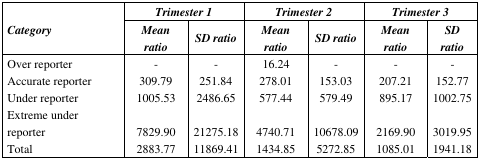
<table><thead><tr><td rowspan="3"><b><i>Category</i></b></td><td colspan="2"><b><i>Trimester 1</i></b></td><td colspan="2"><b><i>Trimester 2</i></b></td><td colspan="2"><b><i>Trimester 3</i></b></td></tr><tr><td><b><i>Mean ratio</i></b></td><td><b><i>SD ratio</i></b></td><td><b><i>Mean ratio</i></b></td><td><b><i>SD ratio</i></b></td><td><b><i>Mean ratio</i></b></td><td><b><i>SD ratio</i></b></td></tr></thead><tbody><tr><td>Over reporter</td><td>-</td><td>-</td><td>16.24</td><td>-</td><td>-</td><td>-</td></tr><tr><td>Accurate reporter</td><td>309.79</td><td>251.84</td><td>278.01</td><td>153.03</td><td>207.21</td><td>152.77</td></tr><tr><td>Under reporter</td><td>1005.53</td><td>2486.65</td><td>577.44</td><td>579.49</td><td>895.17</td><td>1002.75</td></tr><tr><td>Extreme under reporter</td><td>7829.90</td><td>21275.18</td><td>4740.71</td><td>10678.09</td><td>2169.90</td><td>3019.95</td></tr><tr><td>Total</td><td>2883.77</td><td>11869.41</td><td>1434.85</td><td>5272.85</td><td>1085.01</td><td>1941.18</td></tr></tbody></table>